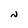
Character: N